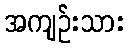
အကျဉ်းသား